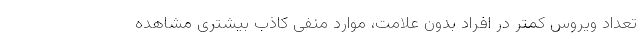
تعداد ویروس کمتر در افراد بدون علامت، موارد منفی کاذب بیشتری مشاهده